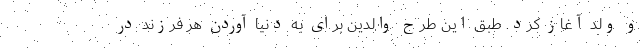
و‌ ولد آغاز کرد. طبق این طرح والدین برای به دنیا آوردن هر فرزند در